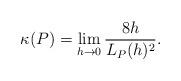
LaTeX: \begin{align*} \begin{aligned} \kappa(P)=\lim_{h\rightarrow 0} \frac{8h}{L_P(h)^2}. \end{aligned} \end{align*}